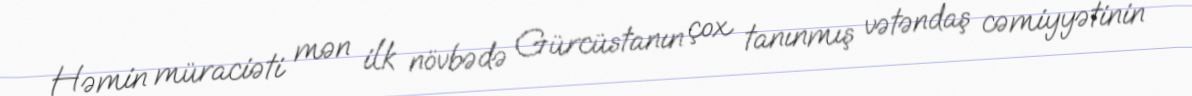
Həmin müraciəti mən ilk növbədə Gürcüstanın çox tanınmış vətəndaş cəmiyyətinin